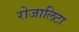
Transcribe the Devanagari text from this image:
रोजालिटा